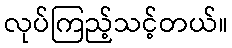
လုပ်ကြည့်သင့်တယ်။